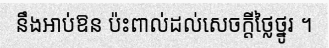
នឹងអាប់ឱន ប៉ះពាល់ដល់សេចក្តីថ្លៃថ្នូរ ។